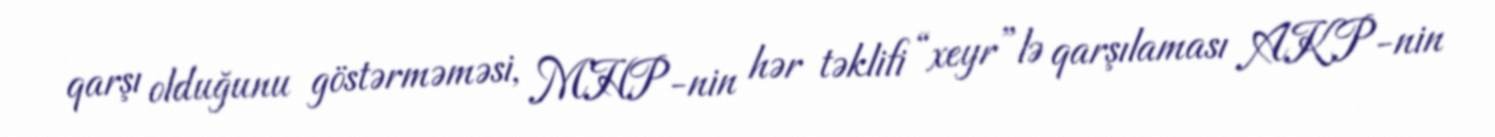
qarşı olduğunu göstərməməsi, MHP-nin hər təklifi “xeyr”lə qarşılaması AKP-nin